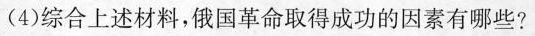
(4)综合上述材料，俄国革命取得成功的因素有哪些?